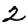
Digit: 2